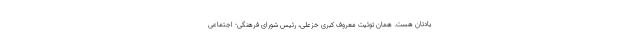
یادتان هست. همان توئیت معروف کبری خزعلی، رئیس شورای فرهنگی- اجتماعی